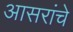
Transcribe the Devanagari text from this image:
आसरांचे